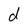
Character: d